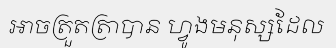
អាចត្រួតត្រាបាន ហ្វូងមនុស្សដែល